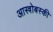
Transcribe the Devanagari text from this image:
आस्त्रोबस्की